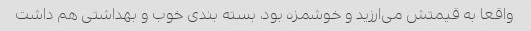
واقعا به قیمتش می‌ارزید و خوشمزه بود، بسته بندی خوب و بهداشتی هم داشت